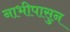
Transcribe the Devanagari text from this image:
नाभीपासुन